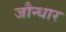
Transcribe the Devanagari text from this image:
जौन्धार